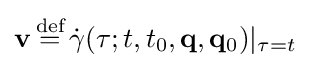
\mathbf {v} \,{\stackrel {\text{def}}{=}}\,{\dot {\gamma }}(\tau ;t,t_{0},\mathbf {q} ,\mathbf {q} _{0})|_{\tau =t}